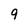
Character: 9